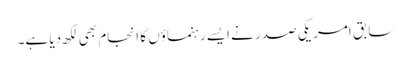
سابق امریکی صدر نے ایسے رہنماؤں کا انجام بھی لکھ دیا ہے۔